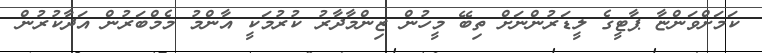
ކަމަށްވަންޏާ ޕާޓީގެ ލީޑަރުންނަށް ތިބޭ މީހުން ޒިންމާދާރު ކުރުމަކީ އާންމު މެމްބަރުން އަދާކުރުން